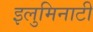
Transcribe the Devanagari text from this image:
इलुमिनाटी